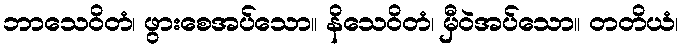
ဘာသေဝိတံ၊ ဖွားစေအပ်သော။ နိသေဝိတံ၊ မှီဝဲအပ်သော။ တတိယံ၊